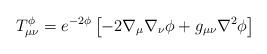
LaTeX: \begin{align*}T_{\mu\nu}^{\phi} = e^{-2\phi} \left [ -2\nabla_{\mu}\nabla_{\nu} \phi+ g_{\mu\nu} \nabla^{2} \phi \right ]\end{align*}